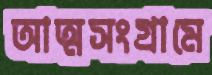
আত্মসংগ্রামে